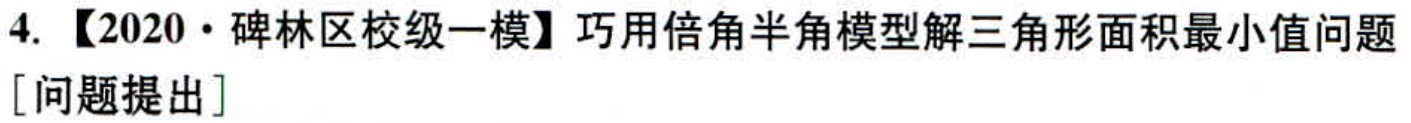
4. 【2020·碑林区校级一模】巧用倍角半角模型解三角形面积最小值问题
[问题提出]